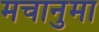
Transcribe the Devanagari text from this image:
मचानुमा